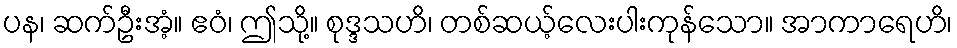
ပန၊ ဆက်ဦးအံ့။ ဧဝံ၊ ဤသို့။ စုဒ္ဒသဟိ၊ တစ်ဆယ့်လေးပါးကုန်သော။ အာကာရေဟိ၊